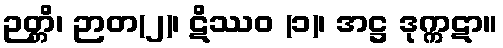
ဉတ္တိ၊ ဉာတ(၂)၊ ဋိဿဝ (၁)၊ အဋ္ဌ ဒုက္ကဋာ။